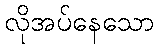
လိုအပ်နေသော